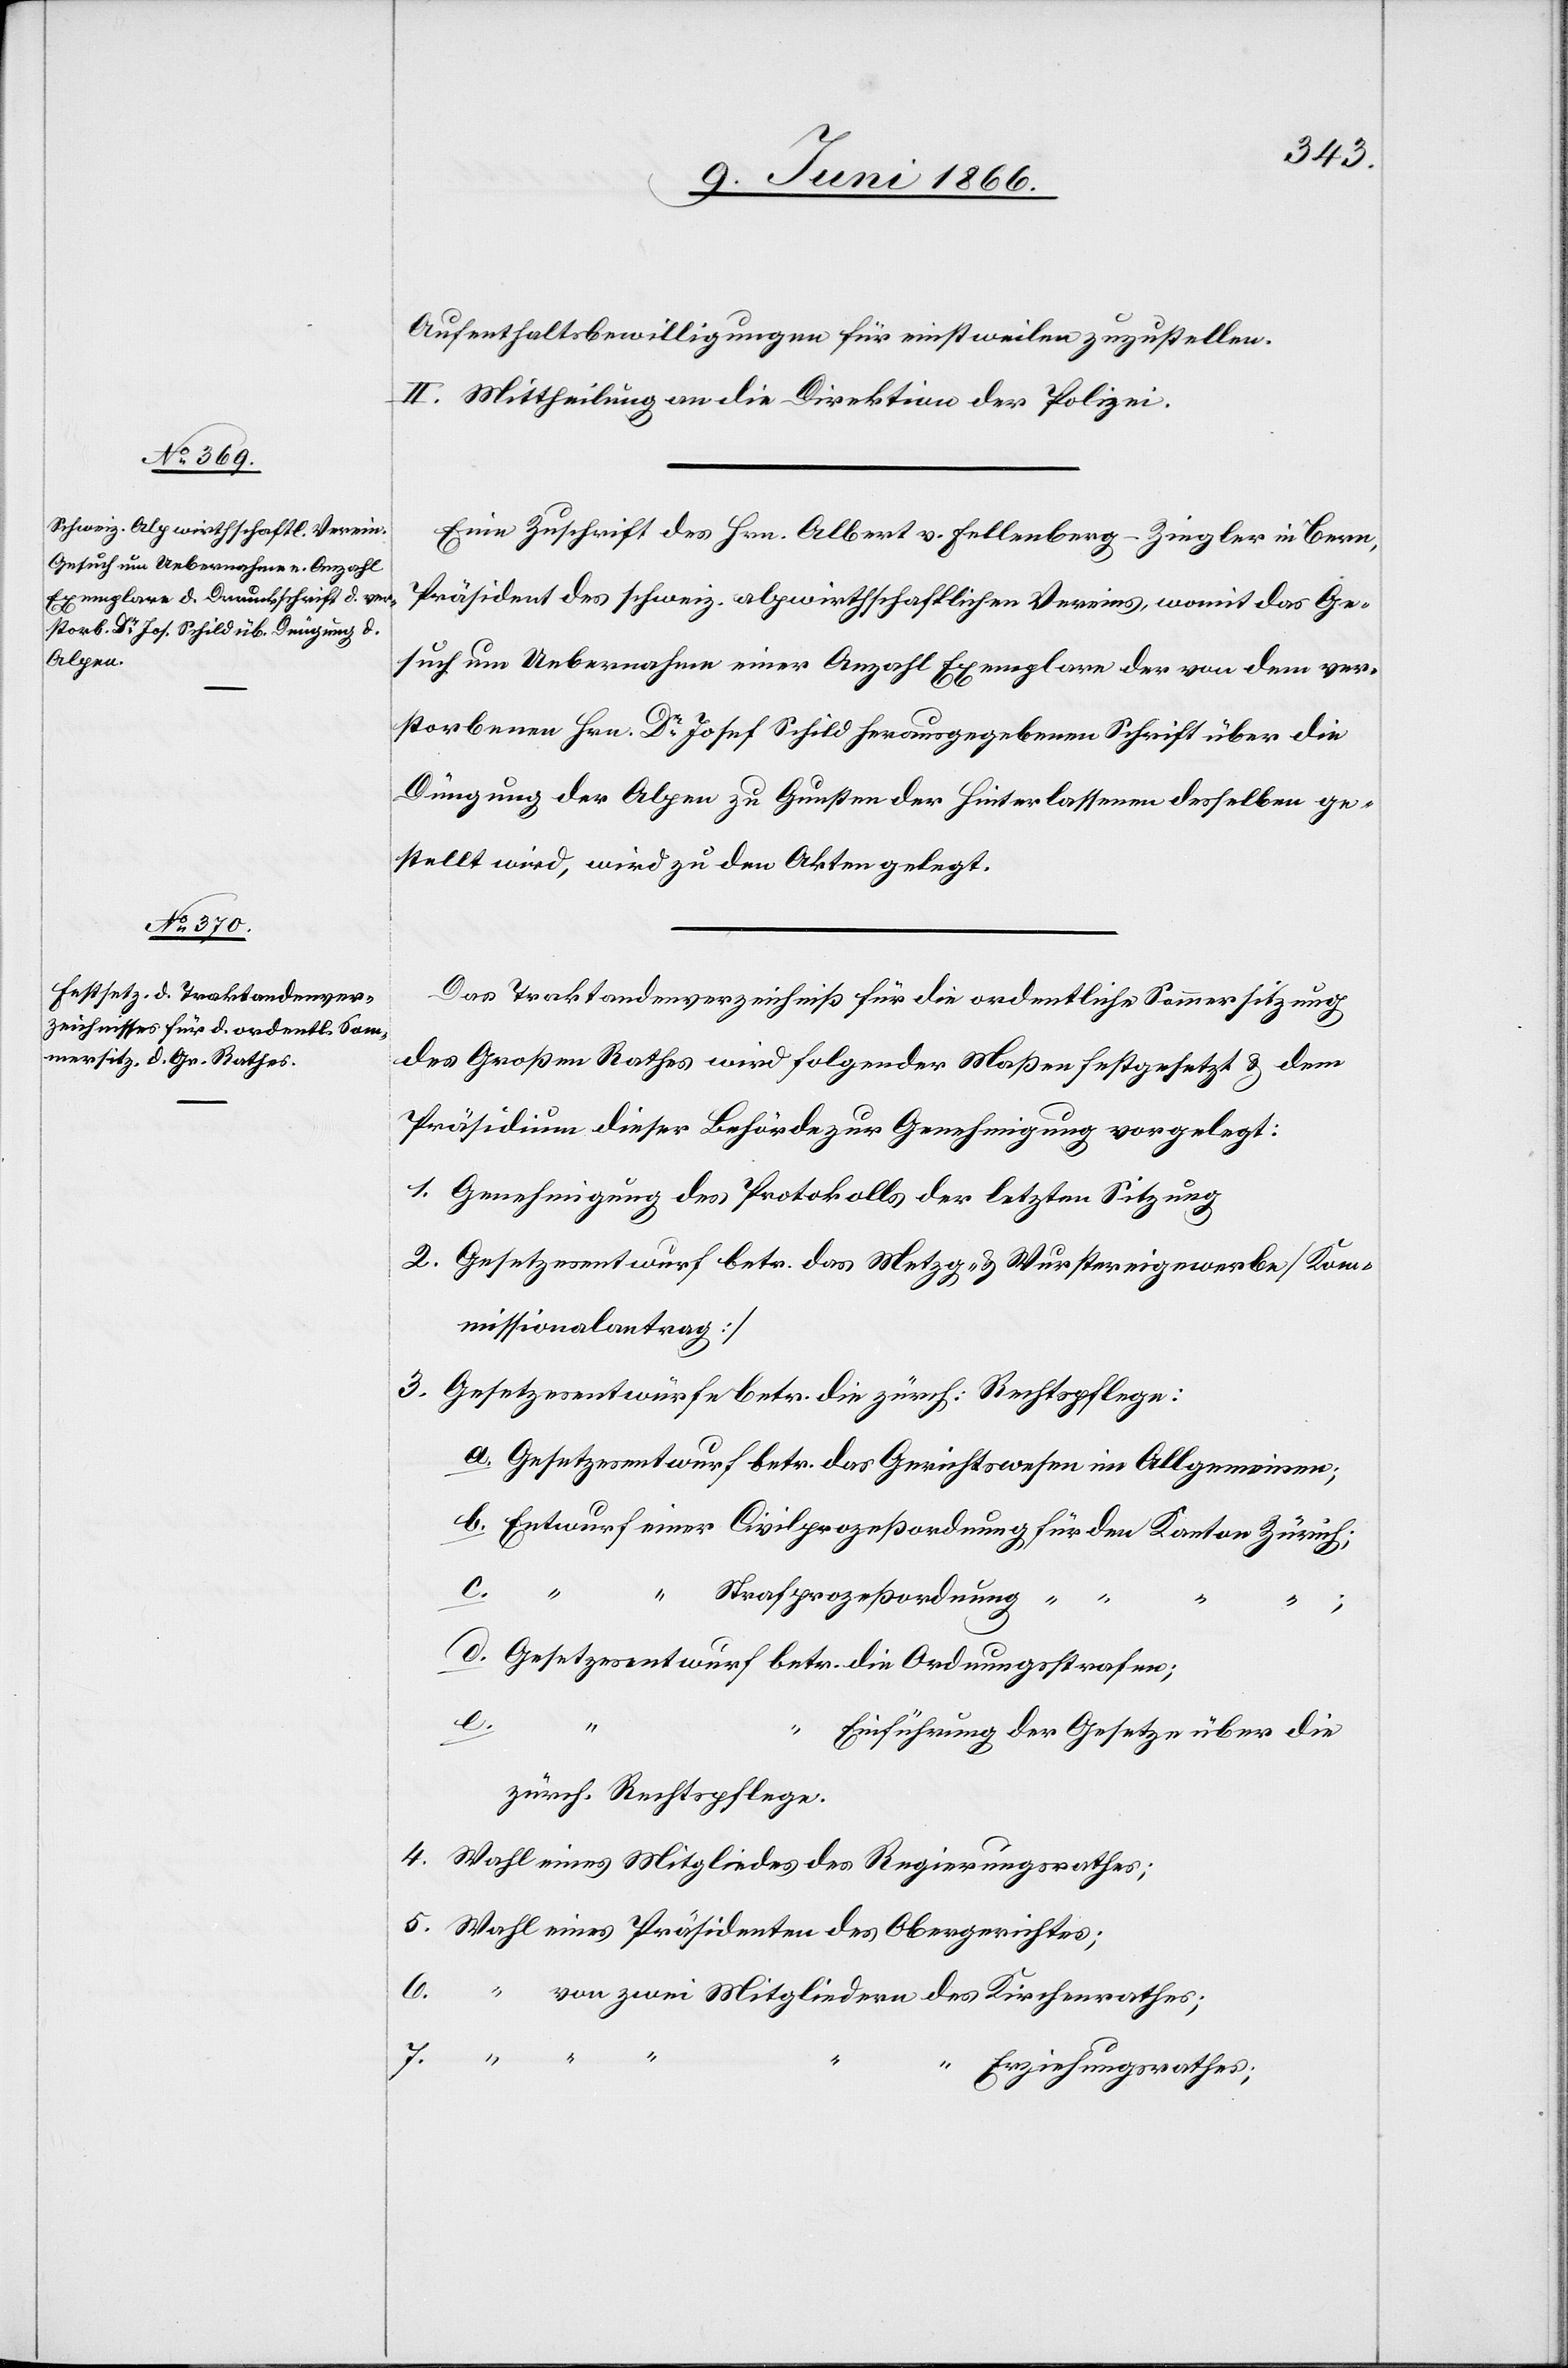
Aufenthaltsbewilligungen für einstweilen zuzustellen.
II. Mittheilung an die Direktion der Polizei.
Eine Zuschrift des Hrn. Albert v. Fellenberg-Ziegler in Bern,
Präsident des schweiz. alpwirthschaftlichen Vereins, womit das Ge¬
such um Uebernahme einer Anzahl Exemplare der von dem ver¬
storbenen Hrn. Dr. Josef Schild herausgegebenen Schrift über die
Düngung der Alpen zu Gunsten der Hinterlassenen desselben ge¬
stellt wird, wird zu den Akten gelegt.
Das Traktandenverzeichniß für die ordentliche Sommersitzung
des Großen Rathes wird folgender Maßen festgesetzt u. dem
Präsidenten dieser Behörde zur Genehmigung vorgelegt:
1 Genehmigung des Protokolls der letzten Sitzung
2. Gesetzesentwurf betr. das Metzg- u. Wurstereigewerbe [Kom¬
missionalantrag]
3. Gesetzesentwürfe betr. die zürch Rechtspflege:
a. Gesetzesentwurf betr. das Gerichtswesen im Allgemeinen;
b. Entwurf einer Civilprozeßordnung für den Kanton Zürich;
c. “
“ Strafprozeßordnung “ “
“ “
d. Gesetzesentwurf betr. die Ordnungsstrafen;
e.
Einführung der Gesetze über die
zürch. Rechtspflege.
4. Wahl eines Mitgliedes des Regierungsrathes;
5. Wahl eines Präsidenten des Obergerichtes;
6. “ von zwei Mitgliedern des Kirchenrathes;
7. “
“ Erziehungsrathes;